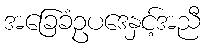
အခြေခံဥပဒေနှင့်အညီ